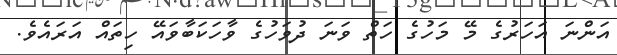
އަންނަ އަހަރުގެ މޭ މަހުގެ ހަތް ވަނަ ދުވަހުގެ ވާހަކަބާވައޭ ހިތައް އަރައެވެ.